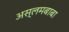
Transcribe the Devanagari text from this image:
अस्लमबाबा